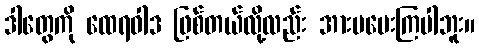
ဒါတွေကို ထေရဝါဒ ဖြစ်တယ်လို့လည်း အားမပေးကြပါဘူး။